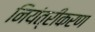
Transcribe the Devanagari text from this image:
नियंत्रीकरण